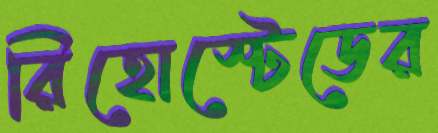
রিহোস্টেডের